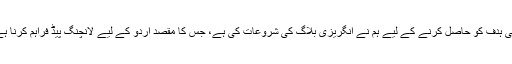
اسی ہدف کو حاصل کرنے کے لیے ہم نے انگریزی بلاگ کی شروعات کی ہے، جس کا مقصد اردو کے لیے لانچنگ پیڈ فراہم کرنا ہے۔